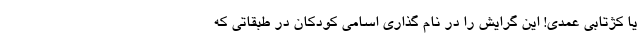
یا کژتابی عمدی! این گرایش را در نام گذاری اسامی کودکان در طبقاتی که